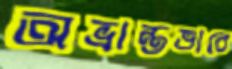
অভ্রান্তভাবে